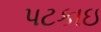
પટકાઇ